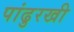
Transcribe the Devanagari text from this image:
पांढुरखी